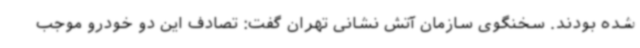
شده بودند. سخنگوی سازمان آتش نشانی تهران گفت: تصادف این دو خودرو موجب